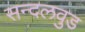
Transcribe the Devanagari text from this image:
सन्दलवुड